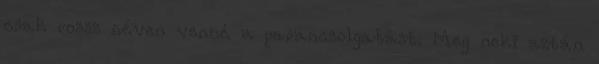
csak rossz néven venné a parancsolgatást. Meg neki aztán